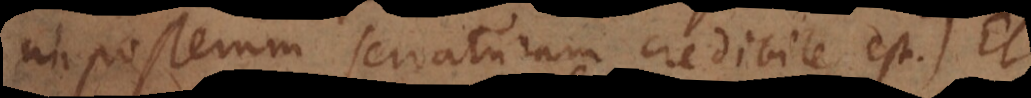
in posterum servaturam credibile est. Et